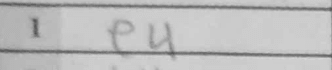
Transcription: e4